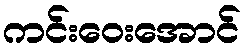
ကင်းဝေးအောင်